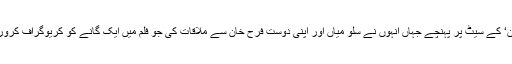
بھارتی میڈیا رپورٹس کے مطابق شاہ رخ خان اپنے ساتھی اداکار سلمان خان کی فلم ’سلطان‘ کے سیٹ پر پہنچے جہاں انہوں نے سلو میاں اور اپنی دوست فرح خان سے ملاقات کی جو فلم میں ایک گانے کو کریوگراف کرورہی ہیں جب کہ اس دوران شاہ رخ خان نے سلمان خان سے خوشگوار موڈ میں ملاقات کی۔